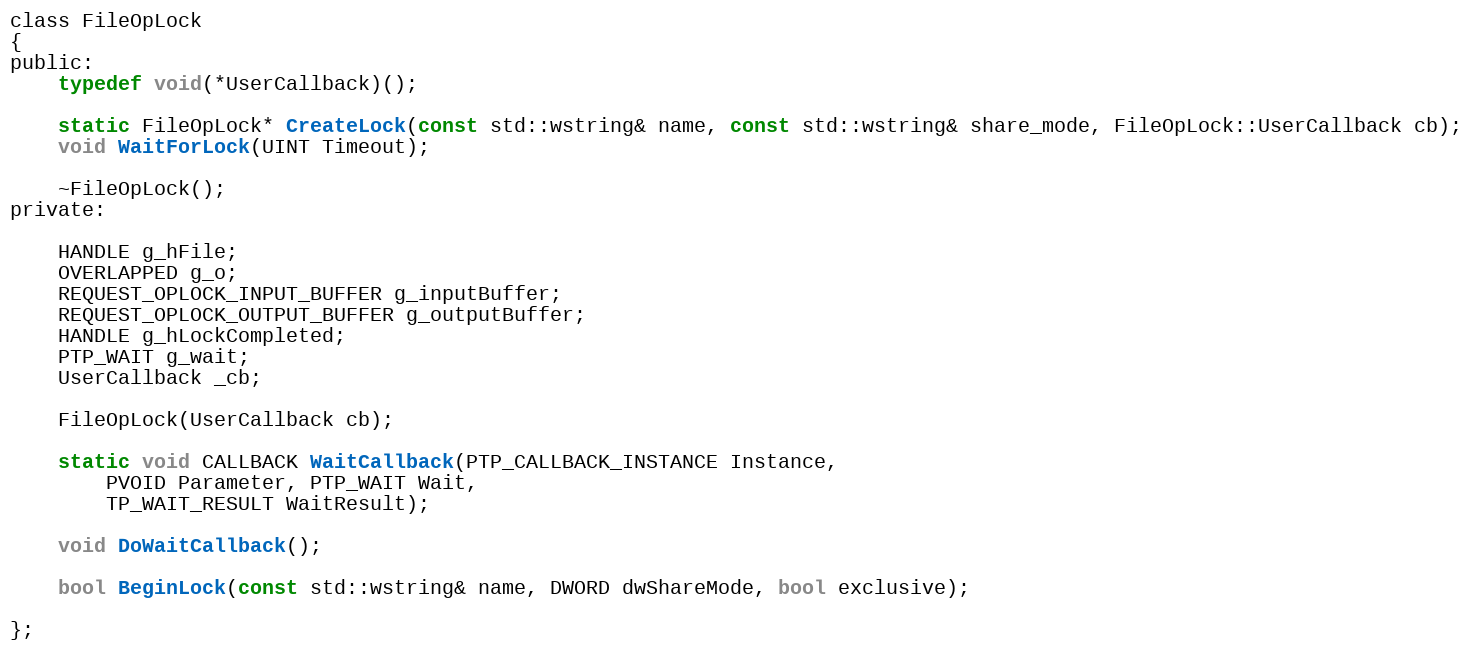
Language: C
class FileOpLock
{
public:
	typedef void(*UserCallback)();

	static FileOpLock* CreateLock(const std::wstring& name, const std::wstring& share_mode, FileOpLock::UserCallback cb);
	void WaitForLock(UINT Timeout);

	~FileOpLock();
private:

	HANDLE g_hFile;
	OVERLAPPED g_o;
	REQUEST_OPLOCK_INPUT_BUFFER g_inputBuffer;
	REQUEST_OPLOCK_OUTPUT_BUFFER g_outputBuffer;
	HANDLE g_hLockCompleted;
	PTP_WAIT g_wait;
	UserCallback _cb;

	FileOpLock(UserCallback cb);

	static void CALLBACK WaitCallback(PTP_CALLBACK_INSTANCE Instance,
		PVOID Parameter, PTP_WAIT Wait,
		TP_WAIT_RESULT WaitResult);

	void DoWaitCallback();

	bool BeginLock(const std::wstring& name, DWORD dwShareMode, bool exclusive);

};